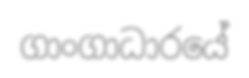
ගාංගාධාරයේ